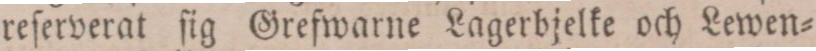
reſerverat ſig Grefwarne Lagerbjelke och Lewen=